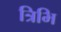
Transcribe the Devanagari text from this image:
त्रिभि